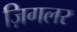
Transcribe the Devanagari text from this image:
ज़िगलर